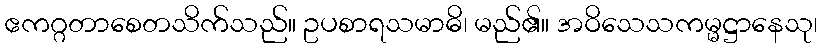
ဧကဂ္ဂတာစေတသိက်သည်။ ဥပစာရသမာဓိ၊ မည်၏။ အဝိသေသကမ္မဋ္ဌာနေသု၊